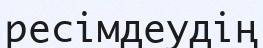
ресімдеудің